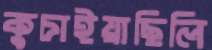
কুচাইয়াছিলি